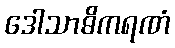
ဒေါသာဓိကရဏံ